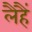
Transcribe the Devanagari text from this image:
लैहैं